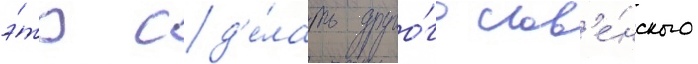
э́то сд'е́лать друго́го слов'е́нского